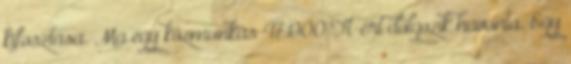
kifosztása. Ma egy közmunkás 47.000 Ft-ért dolgozik havonta. Egy